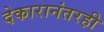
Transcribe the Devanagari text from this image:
देकारानंतरही